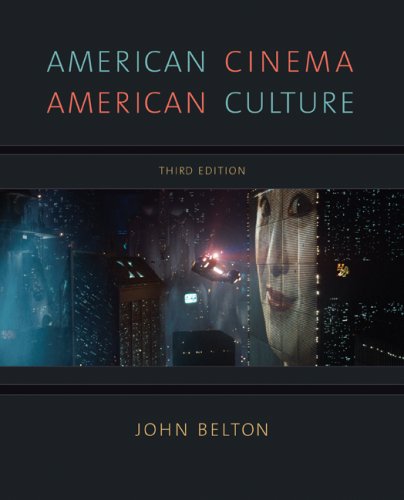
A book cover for American Cinema/American Culture; John Belton; Humor & Entertainment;